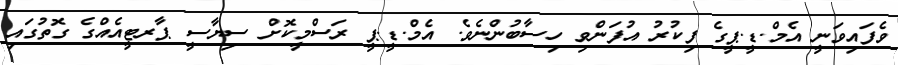
ވެފައިވަނީ އެމް.ޑީ.ޕީގެ ފިކުރު އުފަންވި ހިސާބުންނެވެ. އެމް.ޑީ.ޕީ ރަސްމީކޮށް ސިޔާސީ ޕާރޓީއެއްގެ ގޮތުގައި